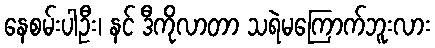
နေစမ်းပါဦး၊ နင် ဒီကိုလာတာ သရဲမကြောက်ဘူးလား